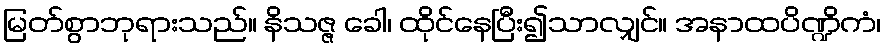
မြတ်စွာဘုရားသည်။ နိသဇ္ဇ ခေါ၊ ထိုင်နေပြီး၍သာလျှင်။ အနာထပိဏ္ဍိကံ၊